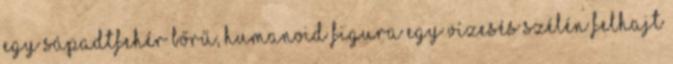
egy sápadtfehér bőrű, humanoid figura egy vízesés szélén felhajt